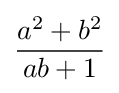
{\frac {a^{2}+b^{2}}{ab+1}}